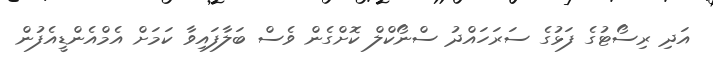
އަދި ރިސޯޓުގެ ފަޅުގެ ސަރަހައްދު ސްނޯކްލް ކޮށްގެން ވެސް ބަލާފައިވާ ކަމަށް އެމްއެންޑީއެފުން